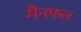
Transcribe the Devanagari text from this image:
मैनफल